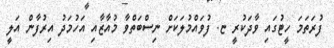
ފުރަތަމަ ހީޓުގައި ވާދަކުރީ ޏ. ފުވައްމުލަކަށް ނިސްބަތްވާ މުއާޒާއި އަހުމަދު އިރުފާން އަލީ